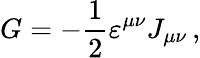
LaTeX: G=-\frac{1}{2}\varepsilon^{\mu\nu}J_{\mu\nu}\, ,